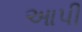
આપી